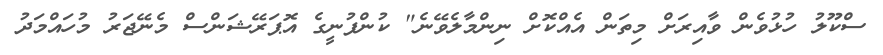
ސްކޫލު ހުޅުވެން ވާއިރަށް މިތަން އެއްކޮށް ނިންމާލެވޭނެ" ކުންފުނީގެ އޮޕަރޭޝަންސް މެނޭޖަރު މުހައްމަދު